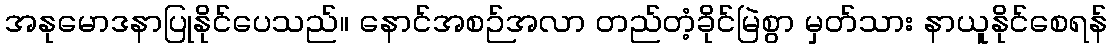
အနုမောဒနာပြုနိုင်ပေသည်။ နောင်အစဉ်အလာ တည်တံ့ခိုင်မြဲစွာ မှတ်သား နာယူနိုင်စေရန်